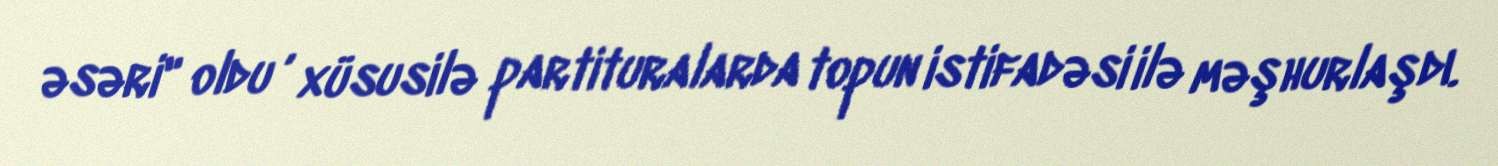
əsəri" oldu , xüsusilə partituralarda topun istifadəsi ilə məşhurlaşdı.